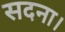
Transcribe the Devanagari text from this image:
सदना।